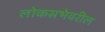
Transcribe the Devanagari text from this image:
लोकसभेवरील